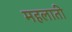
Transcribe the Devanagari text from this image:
महलाती